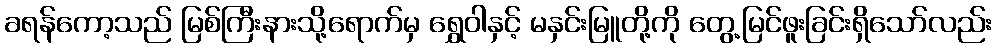
ခရန်ကော့သည် မြစ်ကြီးနားသို့ရောက်မှ ရွှေဝါနှင့် မနှင်းမြူတို့ကို တွေ့မြင်ဖူးခြင်းရှိသော်လည်း